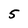
Character: 5